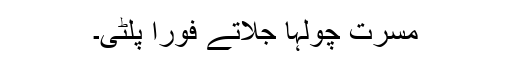
مسرت چولہا جلاتے فوراً پلٹی۔